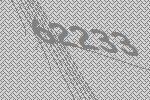
62233